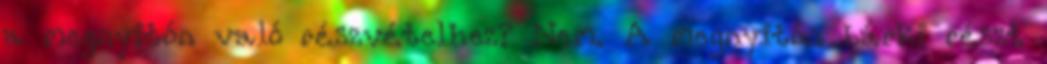
a megnyitón való részvételhez? Nem. A megnyitón bárki részt